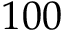
1 0 0